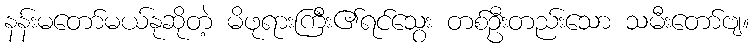
နန်းမတော်မယ်နုဆိုတဲ့ မိဖုရားကြီး၏ရင်သွေး တစ်ဦးတည်းသော သမီးတော်ဗျ။